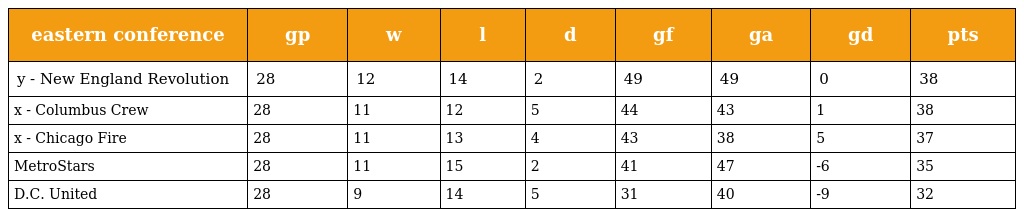
| eastern conference | gp | w | l | d | gf | ga | gd | pts |
 | --- | --- | --- | --- | --- | --- | --- | --- | --- |
 | y - New England Revolution | 28 | 12 | 14 | 2 | 49 | 49 | 0 | 38 |
 | x - Columbus Crew | 28 | 11 | 12 | 5 | 44 | 43 | 1 | 38 |
 | x - Chicago Fire | 28 | 11 | 13 | 4 | 43 | 38 | 5 | 37 |
 | MetroStars | 28 | 11 | 15 | 2 | 41 | 47 | -6 | 35 |
 | D.C. United | 28 | 9 | 14 | 5 | 31 | 40 | -9 | 32 |